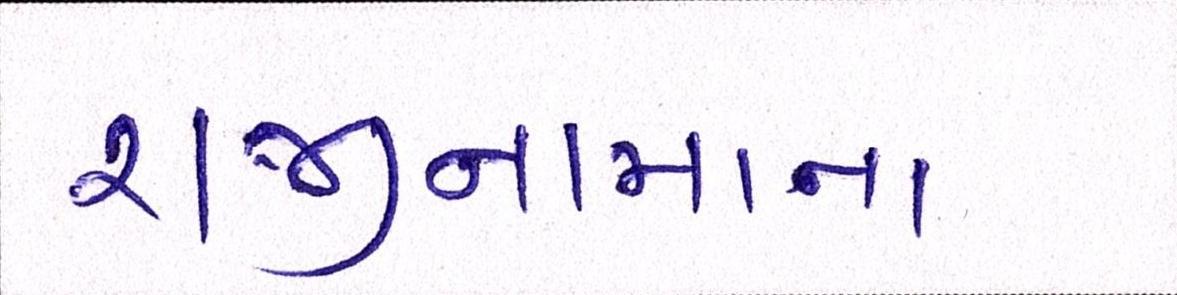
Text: રાજીનામાના